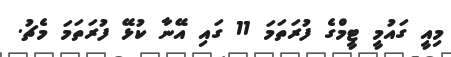
މިއީ ގައުމީ ޓީމްގެ ފުރަތަމަ 11 ގައި އޭނާ ކުޅޭ ފުރަތަމަ މެޗު.